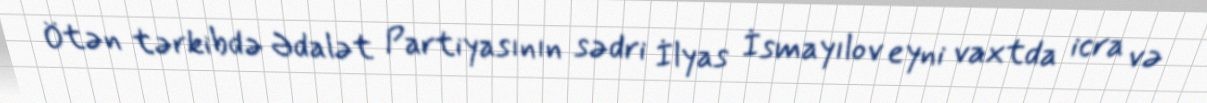
Ötən tərkibdə Ədalət Partiyasının sədri İlyas İsmayılov eyni vaxtda icra və